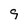
Character: 9